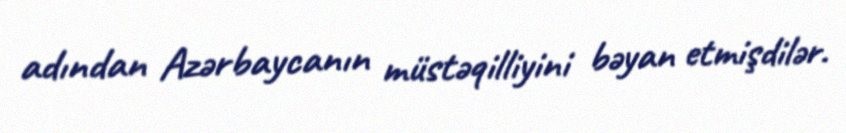
adından Azərbaycanın müstəqilliyini bəyan etmişdilər.